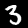
Label: 3